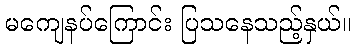
မကျေနပ်ကြောင်း ပြသနေသည့်နှယ်။